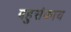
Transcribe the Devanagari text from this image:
बहुसंकाय